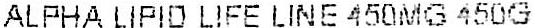
ALPHA LIPID LIFE LINE 450MG 450G